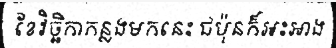
ខែវិច្ឆិកាកន្លងមកនេះ ជប៉ុនក៏អះអាង